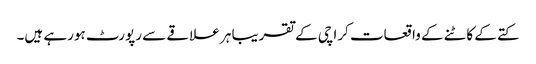
کتے کے کاٹنے کے واقعات کراچی کے تقریبا ہر علاقے سے رپورٹ ہورہے ہیں۔